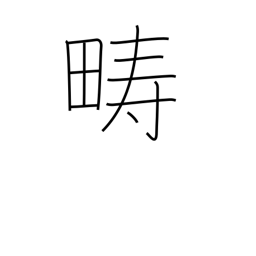
Meaning: arable land